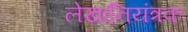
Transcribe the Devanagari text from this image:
लेखानियंत्रक